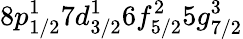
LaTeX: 8p_{1/2}^{1}7d_{3/2}^{1}6f_{5/2}^{2}5g_{7/2}^{3}